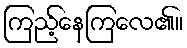
ကြည့်နေကြလေ၏။